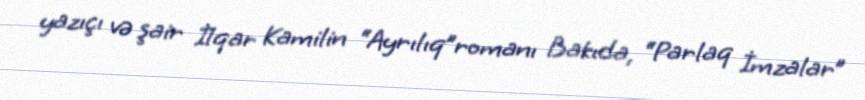
yazıçı və şair İlqar Kamilin “Ayrılıq”romanı Bakıda, “Parlaq İmzalar”